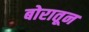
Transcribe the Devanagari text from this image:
बोरातून